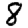
Digit: 8